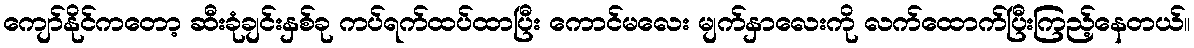
ကျော်နိုင်ကတော့ ဆီးခုံချင်းနှစ်ခု ကပ်ရက်ထပ်ထာပြီး ကောင်မလေး မျက်နှာလေးကို လက်ထောက်ပြီးကြည့်နေတယ်။